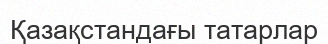
Қазақстандағы татарлар